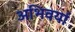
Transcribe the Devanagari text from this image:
अभिवर्या